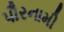
પૌરનામી